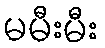
မမီးမီး